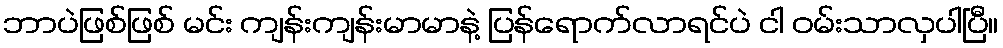
ဘာပဲဖြစ်ဖြစ် မင်း ကျန်းကျန်းမာမာနဲ့ ပြန်ရောက်လာရင်ပဲ ငါ ဝမ်းသာလှပါပြီ။